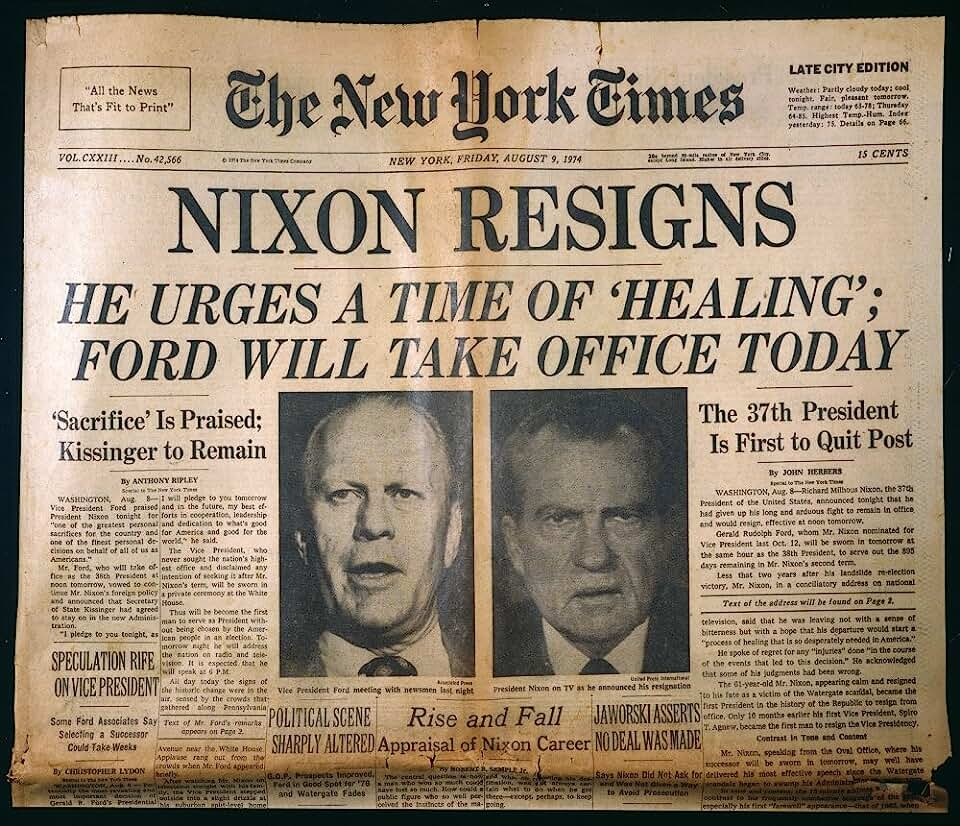
Language: en